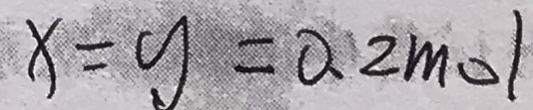
x = y = 0 . 2 m o l